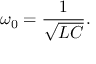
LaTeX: \omega _ { 0 } = { \frac { 1 } { \sqrt { L C } } } .